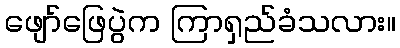
ဖျော်ဖြေပွဲက ကြာရှည်ခံသလား။